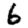
Digit: 6